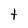
Character: t